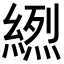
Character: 𦃾